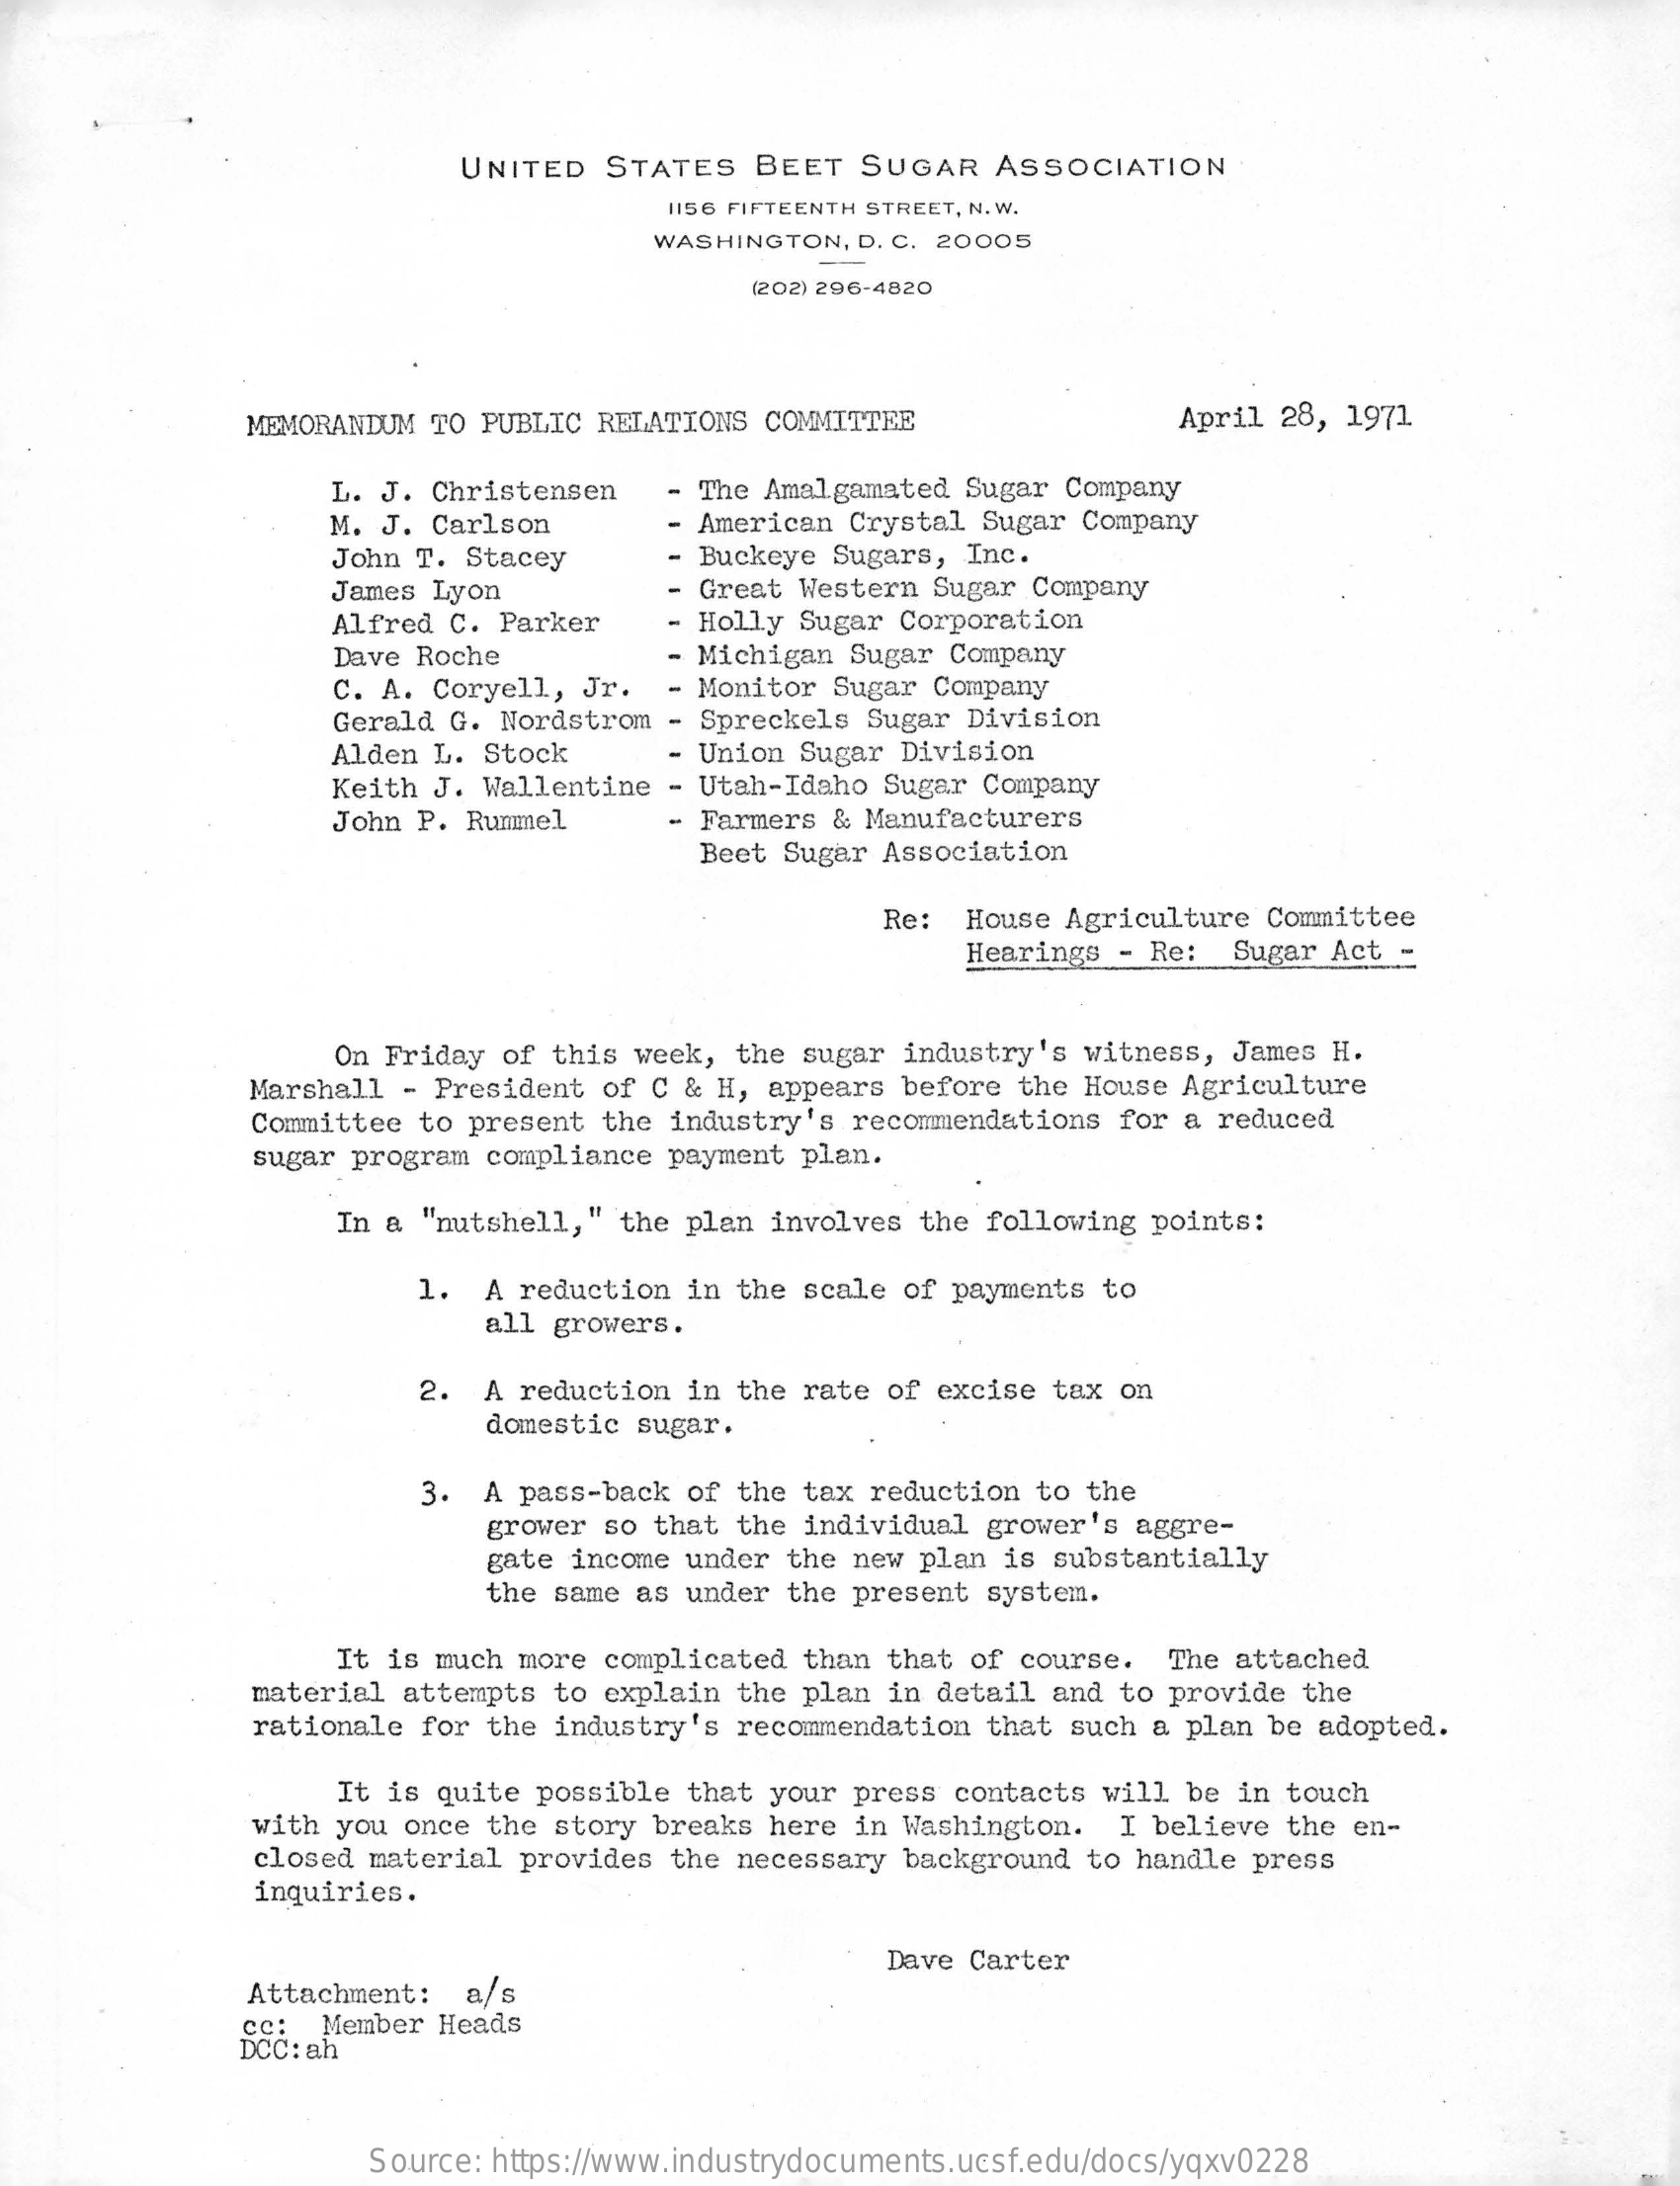
UNITED STATES  BEET  SUGAR  ASSOCIATION
     1156 FIFTEENTH STREET, N. W.
     WASHINGTON, D. C. 20005
     (202) 296-4820
     MEMORANDUM TO PUBLIC RELATIONS COMMITTEE    April 28, 1971
     L. J. Christensen  The Amalgamated Sugar Company
     M. J. Carlson    American Crystal Sugar Company
     John T. Stacey    Buckeye Sugars, Inc.
     James Lyon    Great Western Sugar Company
     Alfred C. Parker  - Holly Sugar Corporation
     Dave Roche    - Michigan Sugar Company
     C. A. Coryell, Jr. - Monitor Sugar Company
     Gerald G. Nordstrom - Spreckels Sugar Division
     Alden L. Stock    - Union Sugar Division
     Keith J. Wallentine - Utah-Idaho Sugar Company
     John P. Rummel    - Farmers & Manufacturers
     Beet Sugar Association
     Re: House Agriculture Committee
     Hearings - Re: Sugar Act -
     On Friday of this week, the sugar industry's witness, James H.
     Marshall - President of C & H, appears before the House Agriculture
     Committee to present the industry's recommendations for a reduced
     sugar program compliance payment plan.
     In a "nutshell," the plan involves the following points:
     1. A reduction in the scale of payments to
     all growers.
     2. A reduction in the rate of excise tax on
     domestic sugar.
     3. A pass-back of the tax reduction to the
     grower so that the individual grower's aggre-
     gate income under the new plan is substantially
     the same as under the present system.
     It is much more complicated than that of course. The attached
     material attempts to explain the plan in detail and to provide the
     rationale for the industry's recommendation that such a plan be adopted.
     It is quite possible that your press contacts will be in touch
     with you once the story breaks here in Washington. I believe the en-
     closed material provides the necessary background to handle press
     inquiries.
     Dave Carter
     Attachment: a/s
     cc: Member Heads
     DCC: ah
     Source: https://www.industrydocuments.ucsf.edu/docs/yqxv0228